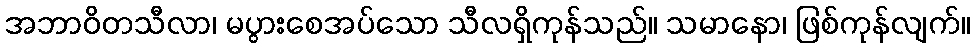
အဘာဝိတသီလာ၊ မပွားစေအပ်သော သီလရှိကုန်သည်။ သမာနော၊ ဖြစ်ကုန်လျက်။